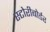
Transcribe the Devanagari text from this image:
स्टोरीबोर्डर